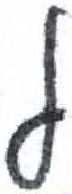
אות: ל